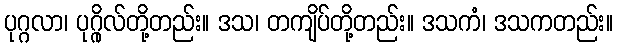
ပုဂ္ဂလာ၊ ပုဂ္ဂိုလ်တို့တည်း။ ဒသ၊ တကျိပ်တို့တည်း။ ဒသကံ၊ ဒသကတည်း။